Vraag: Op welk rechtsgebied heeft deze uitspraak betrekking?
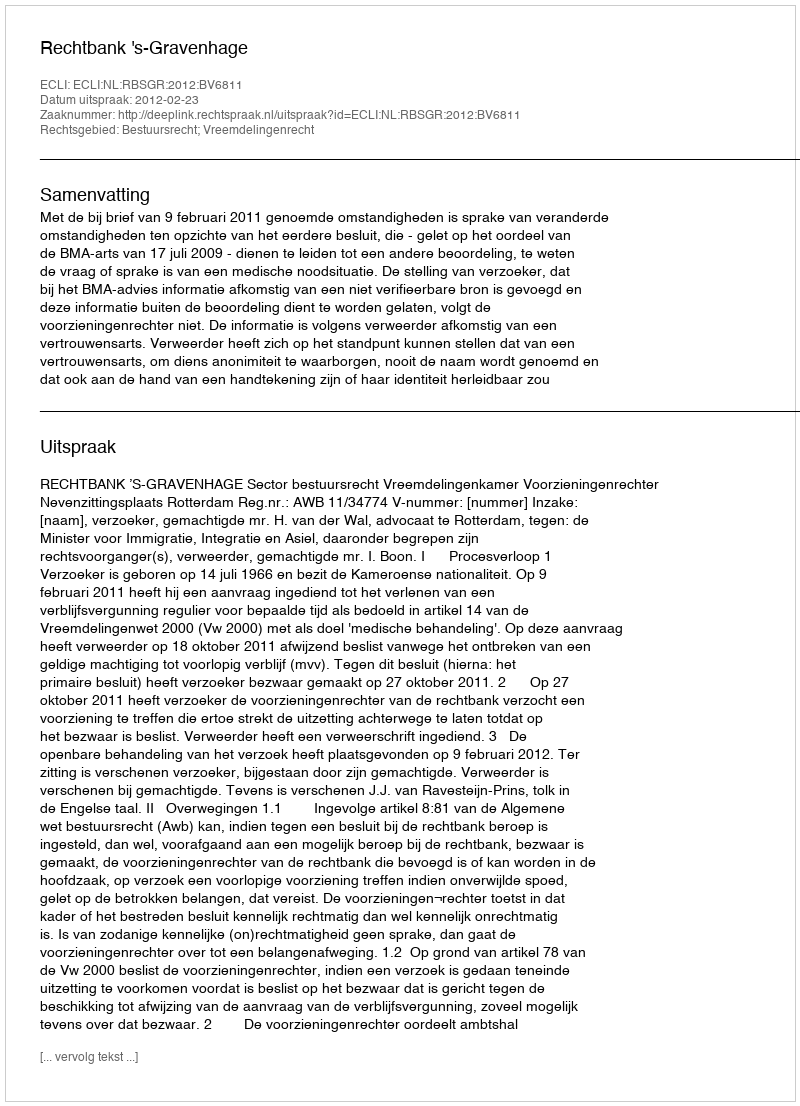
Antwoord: Bestuursrecht; Vreemdelingenrecht